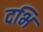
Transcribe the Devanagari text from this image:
दभि